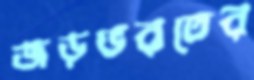
জড়ভরতের